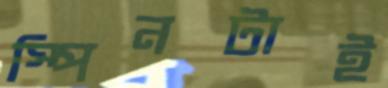
স্পিনটাই